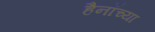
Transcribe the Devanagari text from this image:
हैनॉच्या